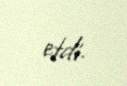
etdi.